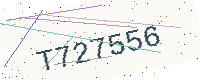
Text: T727556